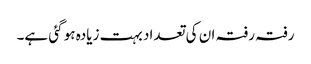
رفتہ رفتہ ان کی تعداد بہت زیادہ ہو گئی ہے۔